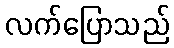
လက်ပြောသည်